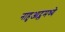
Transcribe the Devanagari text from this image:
नाहुआट्लमध्ये